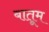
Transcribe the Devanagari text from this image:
बातूम